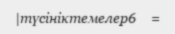
|түсініктемелер6     =